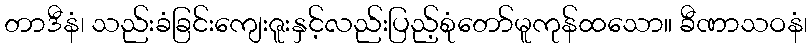
တာဒီနံ၊ သည်းခံခြင်းကျေးဇူးနှင့်လည်းပြည့်စုံတော်မူကုန်ထသော။ ခီဏာသဝနံ၊